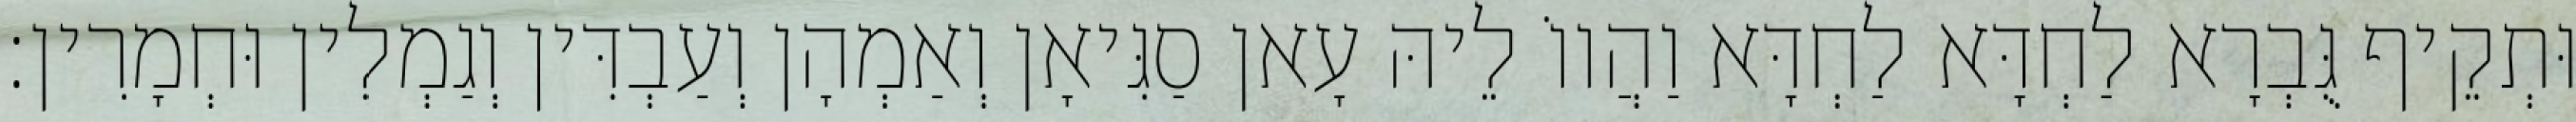
וּתְקֵיף גֻּבְרָא לַחְדָּא לַחְדָּא וַהֲווֹ לֵיהּ עָאן סַגִּיאָן וְאַמְהָן וְעַבְדִּין וְגַמְלִין וּחְמָרִין׃